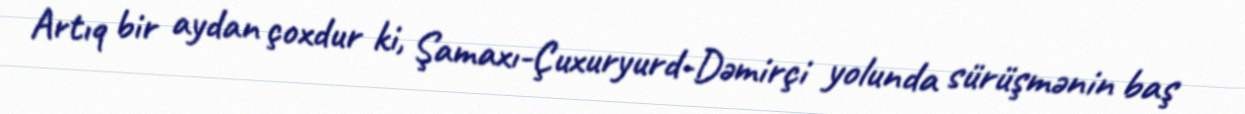
Artıq bir aydan çoxdur ki, Şamaxı-Çuxuryurd-Dəmirçi yolunda sürüşmənin baş